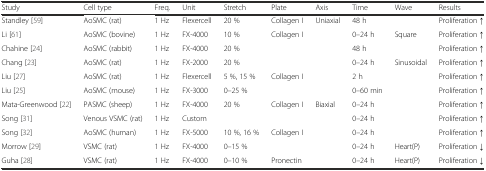
<table><thead><tr><td><b>Study</b></td><td><b>Cell type</b></td><td><b>Freq.</b></td><td><b>Unit</b></td><td><b>Stretch</b></td><td><b>Plate</b></td><td><b>Axis</b></td><td><b>Time</b></td><td><b>Wave</b></td><td><b>Results</b></td></tr></thead><tbody><tr><td>Standley [59]</td><td>AoSMC (rat)</td><td>1 Hz</td><td>Flexercell</td><td>20 %</td><td>Collagen I</td><td>Uniaxial</td><td>48 h</td><td></td><td>Proliferation ↑</td></tr><tr><td>Li [61]</td><td>AoSMC (bovine)</td><td>1 Hz</td><td>FX-4000</td><td>10 %</td><td>Collagen I</td><td></td><td>0–24 h</td><td>Square</td><td>Proliferation ↑</td></tr><tr><td>Chahine [24]</td><td>AoSMC (rabbit)</td><td>1 Hz</td><td>FX-4000</td><td>20 %</td><td></td><td></td><td>48 h</td><td></td><td>Proliferation ↑</td></tr><tr><td>Chang [23]</td><td>AoSMC (rat)</td><td>1 Hz</td><td>FX-2000</td><td>20 %</td><td></td><td></td><td>0–24 h</td><td>Sinusoidal</td><td>Proliferation ↑</td></tr><tr><td>Liu [27]</td><td>AoSMC (rat)</td><td>1 Hz</td><td>Flexercell</td><td>5 %, 15 %</td><td>Collagen I</td><td></td><td>2 h</td><td></td><td>Proliferation ↑</td></tr><tr><td>Liu [25]</td><td>AoSMC (mouse)</td><td>1 Hz</td><td>FX-3000</td><td>0–25 %</td><td></td><td></td><td>0–60 min</td><td></td><td>Proliferation ↑</td></tr><tr><td>Mata-Greenwood [22]</td><td>PASMC (sheep)</td><td>1 Hz</td><td>FX-4000</td><td>20 %</td><td>Collagen I</td><td>Biaxial</td><td>0–24 h</td><td></td><td>Proliferation ↑</td></tr><tr><td>Song [31]</td><td>Venous VSMC (rat)</td><td>1 Hz</td><td>Custom</td><td></td><td></td><td></td><td>0–24 h</td><td></td><td>Proliferation ↑</td></tr><tr><td>Song [32]</td><td>AoSMC (human)</td><td>1 Hz</td><td>FX-5000</td><td>10 %, 16 %</td><td>Collagen I</td><td></td><td>0–24 h</td><td></td><td>Proliferation ↑</td></tr><tr><td>Morrow [29]</td><td>VSMC (rat)</td><td>1 Hz</td><td>FX-4000</td><td>0–15 %</td><td></td><td></td><td>0–24 h</td><td>Heart(P)</td><td>Proliferation ↓</td></tr><tr><td>Guha [28]</td><td>VSMC (rat)</td><td>1 Hz</td><td>FX-4000</td><td>0–10 %</td><td>Pronectin</td><td></td><td>0–24 h</td><td>Heart(P)</td><td>Proliferation ↓</td></tr></tbody></table>